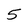
Character: 5